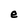
Character: e